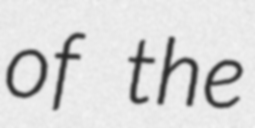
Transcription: of the